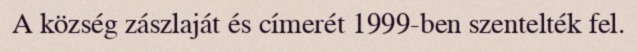
A község zászlaját és címerét 1999-ben szentelték fel.